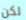
لكن